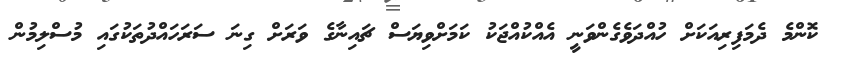
ކޮންމެ ދެމަފިރިއަކަށް ހުއްދަވެގެންވަނީ އެއްކުއްޖަކު ކަމަށްވިޔަސް ޗައިނާގެ ވަރަށް ގިނަ ސަރަހައްދުތަކުގައި މުސްލިމުން